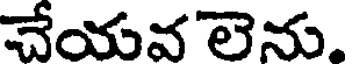
చేయవ లెను.